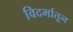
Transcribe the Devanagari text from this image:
विदर्भातून